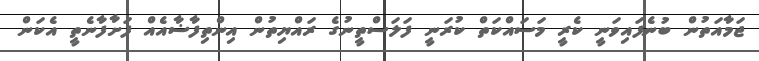
ޖަމާއަތުން ބުނެފައިވަނީ ކެރީ މަސައްކަތް ކުރަނީ ފަލަސްތީނުގެ ރައްޔިތުން އިންތިފާޟާއެއް ފަށާފާނެތީ އެކަން